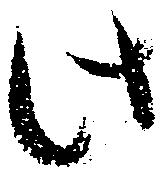
此